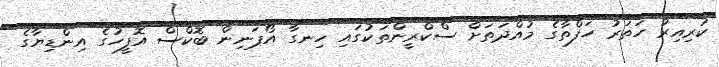
ކުރިއިރު ހަތަރު ހަފްތާގެ މުއްދަތަށް ސްކްރީންތަކުގައި ހިނގާ އޯޕަނިން ބޮކްސް އޮފީހުގެ އިންޑިޔާގެ